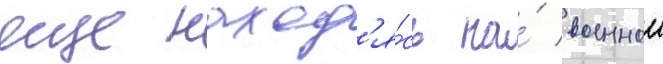
еще наход'я́сь на́ военнои